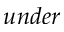
u n d e r